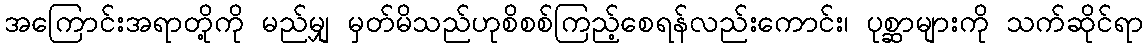
အကြောင်းအရာတို့ကို မည်မျှ မှတ်မိသည်ဟုစိစစ်ကြည့်စေရန်လည်းကောင်း၊ ပုစ္ဆာများကို သက်ဆိုင်ရာ